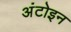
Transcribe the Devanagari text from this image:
अंटोइन